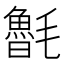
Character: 𣰯